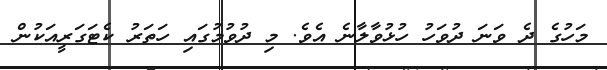
މަހުގެ ދެ ވަނަ ދުވަހު ހުޅުވާލާނެ އެވެ. މި ދުވުމުގައި ހަތަރު ކެޓަގަރީއަކުން